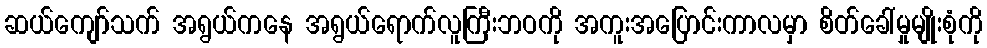
ဆယ်ကျော်သက် အရွယ်ကနေ အရွယ်ရောက်လူကြီးဘဝကို အကူးအပြောင်းကာလမှာ စိတ်ခေါ်မှုမျိုးစုံကို